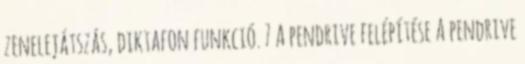
zenelejátszás, diktafon funkció. 7 A pendrive felépítése A pendrive